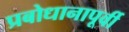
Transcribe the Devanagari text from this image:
प्रबोधानापूर्वी